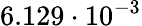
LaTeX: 6.129\cdot 10^{-3}